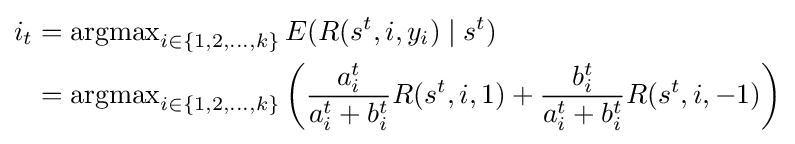
{\begin{aligned}i_{t}&=\operatorname {argmax} \limits _{i\in \{1,2,\ldots ,k\}}E(R(s^{t},i,y_{i})\mid s^{t})\\&=\operatorname {argmax} \limits _{i\in \{1,2,\ldots ,k\}}\left({\frac {a_{i}^{t}}{a_{i}^{t}+b_{i}^{t}}}R(s^{t},i,1)+{\frac {b_{i}^{t}}{a_{i}^{t}+b_{i}^{t}}}R(s^{t},i,-1)\right)\end{aligned}}